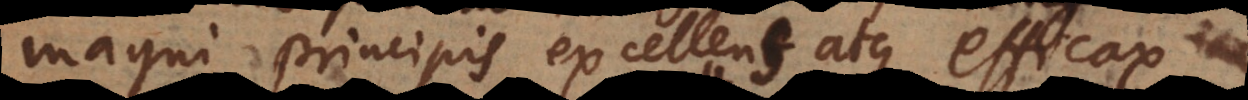
magni principis excellens atque efficax